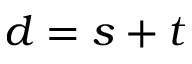
d = s + t